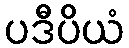
ပဒီပိယံ